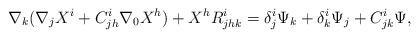
LaTeX: \begin{align*}\nabla_k(\nabla_jX^{i}+C^{i}_{jh}\nabla_0X^{h})+X^{h}R^{i}_{jhk}=\delta^{i}_{j}\Psi_{k}+\delta^{i}_{k} \Psi_{j}+C^{i}_{jk}\Psi, \end{align*}